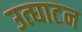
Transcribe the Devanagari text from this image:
उत्घाटन